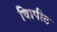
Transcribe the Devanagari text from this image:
विापीठ